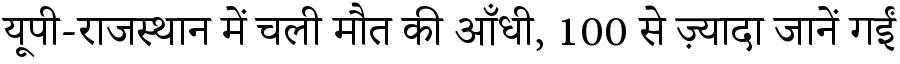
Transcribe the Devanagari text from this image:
यूपी-राजस्थान में चली मौत की आँधी, 100 से ज़्यादा जानें गईं